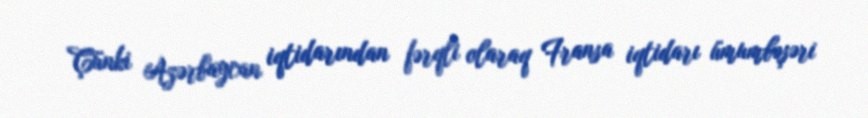
Çünki Azərbaycan iqtidarından fərqli olaraq Fransa iqtidarı ümumbəşəri